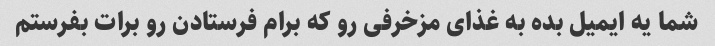
شما یه ایمیل بده به غذای مزخرفی رو که برام فرستادن رو برات بفرستم